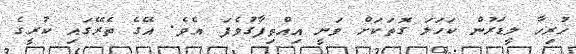
ހުރިހާ ލީޑަރުން ކަހަލަ ގޮތަކަށް ވަނީ އިއްތިފާގުވެފަ އެވެ. އޭގެ ތެރޭގައި ކުރީގެ